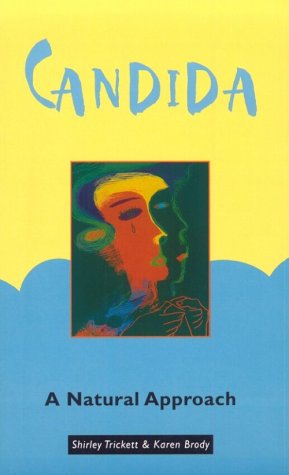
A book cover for Candida: A Natural Approach; Karen Brody; Health, Fitness & Dieting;